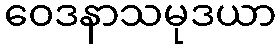
ဝေဒနာသမုဒယာ